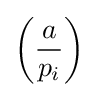
\left({\frac {a}{p_{i}}}\right)